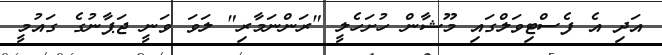
އަދި އެ ފެސްޓިވަލްގައި މޫޝާން ހުށަހެލީ "ރަންނަމާރި" ލަވަ ވަނީ ޖަޕާނުގެ ގައުމީ